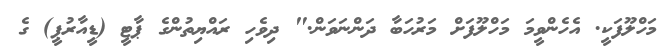
މަހްލޫފަކީ. އެހެންވީމަ މަހްލޫފަށް މަރުހަބާ ދަންނަވަން." ދިވެހި ރައްޔިތުންގެ ޕާޓީ (ޑީއާރުޕީ) ގެ